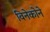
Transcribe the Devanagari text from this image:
विनेकोने